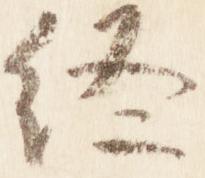
終